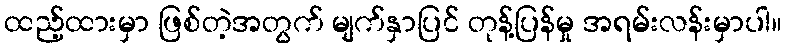
ထည့်ထားမှာ ဖြစ်တဲ့အတွက် မျက်နှာပြင် တုန့်ပြန်မှု အရမ်းလန်းမှာပါ။